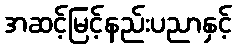
အဆင့်မြင့်နည်းပညာနှင့်